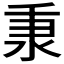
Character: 𬼌